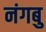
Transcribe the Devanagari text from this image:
नंगबु